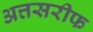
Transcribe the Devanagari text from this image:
अत्तसरीफ